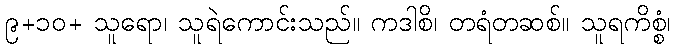
၉+၁၀+ သူရော၊ သူရဲကောင်းသည်။ ကဒါစိ၊ တရံတဆစ်။ သူရကိစ္စံ၊